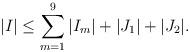
LaTeX: \begin{align*} \vert I\vert\leq \sum_{m=1}^9\vert I_m\vert+\vert J_1\vert+\vert J_2\vert. \end{align*}